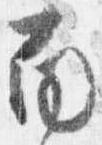
南